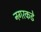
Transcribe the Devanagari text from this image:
नगरकडे